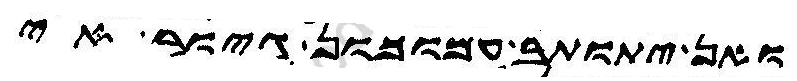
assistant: ואן יתותב עמוכון גיור אי